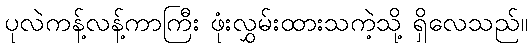
ပုလဲကန့်လန့်ကာကြီး ဖုံးလွှမ်းထားသကဲ့သို့ ရှိလေသည်။